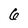
Character: 6